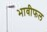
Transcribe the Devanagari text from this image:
भावीफल